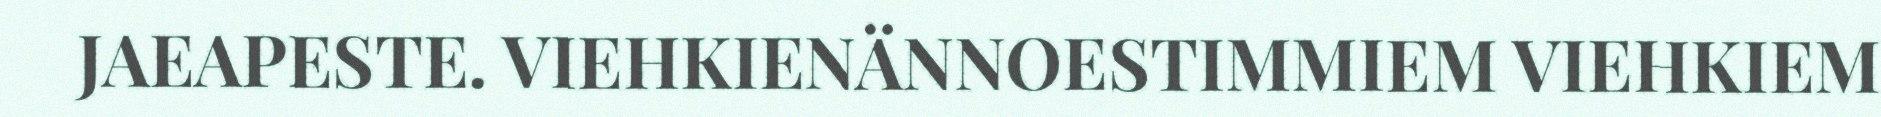
JAEAPESTE. VIEHKIENÄNNOESTIMMIEM VIEHKIEM